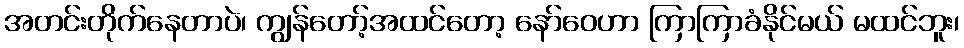
အတင်းတိုက်နေတာပဲ၊ ကျွန်တော့်အထင်တော့ နော်ဝေဟာ ကြာကြာခံနိုင်မယ် မထင်ဘူး၊